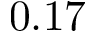
0 . 1 7